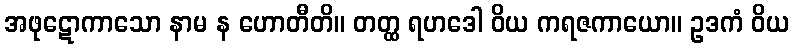
အဖုဋောကာသော နာမ န ဟောတီတိ။ တတ္ထ ရဟဒေါ ဝိယ ကရဇကာယော။ ဥဒကံ ဝိယ